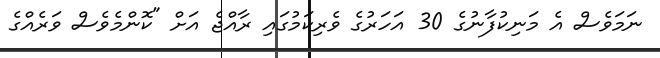
ނަމަވެސް އެ މަނިކުފާނުގެ 30 އަހަރުގެ ވެރިކަމުގައި ރާއްޖެ އަށް "ކޮންމެވެސް ވަރެއްގެ